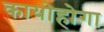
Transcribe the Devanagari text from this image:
कायोहोगा